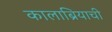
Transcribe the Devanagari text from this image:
कालाब्रियाची